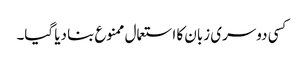
کسی دوسری زبان کا استعمال ممنوع بنا دیا گیا۔